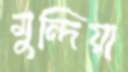
মুন্দিয়া